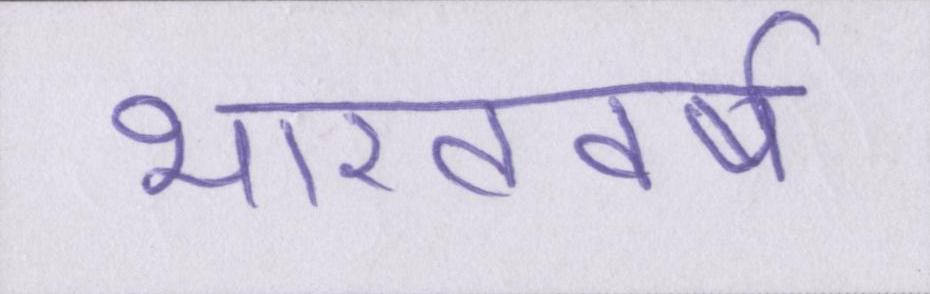
भारतवर्ष